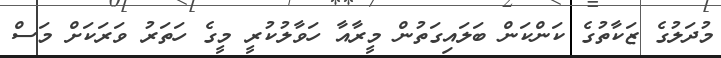
މުދަލުގެ ޒަކާތުގެ ކަންކަން ބަލައިގަތުން މީރާއާ ހަވާލުކުރީ މީގެ ހަތަރު ވަރަކަށް މަސް